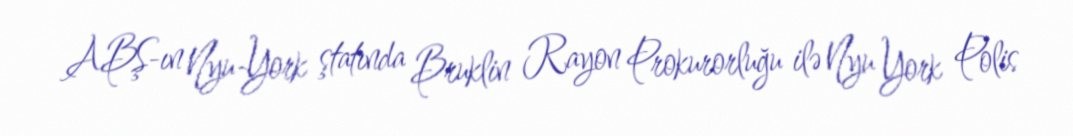
ABŞ-ın Nyu-York ştatında Bruklin Rayon Prokurorluğu ilə Nyu York Polis